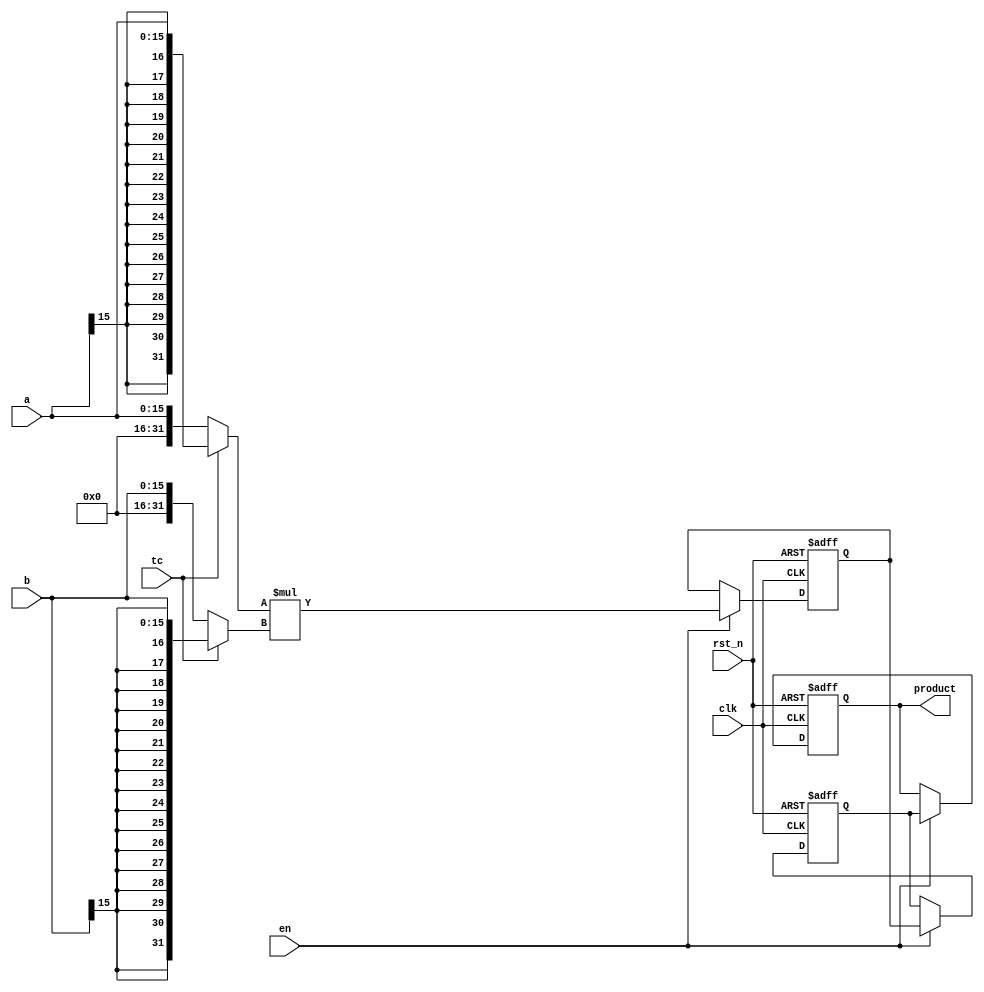

//-------------------------------------------------------------------------------------------------
// Description : DW_mult_pipe is a universal stallable pipelined multiplier. DW_mult_pipe multiplies the
// operands a by b to produce a product with a latency of num_stages-1 clock cycles.
//
//-------------------------------------------------------------------------------------------------
module DW_mult_pipe( 
	clk, 	//Input clock
	rst_n,  //Reset, active-low
	en,     //Load enable
	tc,     //Two's complement control
	a,      //Multiplier
	b,	    //Multiplicand
	product	//Product a X b
	)/* synthesis syn_builtin_du = "weak" */;

parameter a_width = 16;
parameter b_width = 16;
parameter num_stages = 4;
parameter stall_mode = 1;
parameter rst_mode = 1;
parameter	op_iso_mode = 0;

/********* Internal parameter *************/
parameter width = a_width + b_width;
/*****************************************/

//Input/output declaration
input                              clk;	   
input                              rst_n;
input                              en;
input                              tc;
input [a_width - 1 : 0]            a;
input [b_width - 1 : 0]            b;

output [a_width + b_width - 1 : 0] product;

//Signal declration
reg [width-1:0] PRODUCT1 [0:(num_stages - 2)]/* synthesis syn_pipeline=1 */;
reg [width-1:0] PRODUCT2 [0:(num_stages - 2)]/* synthesis syn_pipeline=1 */;
reg [width-1:0] PRODUCT3 [0:(num_stages - 2)]/* synthesis syn_pipeline=1 */;
reg [width-1:0] PRODUCT4 [0:(num_stages - 2)]/* synthesis syn_pipeline=1 */;
reg [width-1:0] PRODUCT5 [0:(num_stages - 2)]/* synthesis syn_pipeline=1 */;
reg [width-1:0] PRODUCT6 [0:(num_stages - 2)]/* synthesis syn_pipeline=1 */;
reg [width - 1 : 0]                 temp_a;
reg [width - 1 : 0]                 temp_b;
reg [a_width + b_width - 1 : 0]     product/* synthesis syn_pipeline=1 */; 
integer	i;


//Sign extending the inputs based on tc
always @( a or b or tc )	
	begin
		temp_a =  tc ? {{width - a_width{a[a_width - 1]}},a} : {{width - a_width{1'b0}},a};
		temp_b =  tc ? {{width - b_width{b[b_width - 1]}},b} : {{width - b_width{1'b0}},b};
	end	


    //Product with a clock latency of num_stages-1, stall_mode = 0, rst_mode = 0
	always @ ( posedge clk ) 
		begin
			PRODUCT1[0] <= temp_a * temp_b;
			for ( i=0; i < num_stages-2; i = i + 1 )
				begin					
						PRODUCT1[i+1] <= PRODUCT1[i]; 
				end
		end	

	//Product with a clock latency of num_stages-1, stall_mode = 0, rst_mode = 1
	always @ ( posedge clk or negedge rst_n ) 
		if ( !rst_n ) 
		    for ( i=0; i < num_stages-1; i = i + 1 )
				PRODUCT2[i] <= 0; 
		else		
		  begin
			PRODUCT2[0] <= temp_a * temp_b;
			for ( i=0; i < num_stages-2; i = i + 1 )
			  PRODUCT2[i+1] <= PRODUCT2[i];
		  end		

	//Product with a clock latency of num_stages-1, stall_mode = 0, rst_mode = 2
	always @ ( posedge clk ) 
		if ( !rst_n ) 
		    for ( i=0; i < num_stages-1; i = i + 1 )
				PRODUCT3[i] <= 0; 
		else		
		  begin
			PRODUCT3[0] <= temp_a * temp_b;
			for ( i=0; i < num_stages-2; i = i + 1 )
			  PRODUCT3[i+1] <= PRODUCT3[i];
		  end		

// reg [width-1:0] prod [0:(num_stages - 2)];    

//	always @ (*)
//	   begin
//	      prod[0] = en ?  temp_a * temp_b : PRODUCT4[0];
//		for ( i=0; i < num_stages-2; i = i + 1 )
//		  prod[i+1] = en ? PRODUCT4[i] : PRODUCT4[i+1];
//	   end
//
//	always @ ( posedge clk ) 
//		  begin
//			   PRODUCT4[0] <= prod[0];
//			   for ( i=0; i < num_stages-2; i = i + 1 )
//			     PRODUCT4[i+1] <= prod[i];
//		  end		
//

    //Product with a clock latency of num_stages-1, stall_mode = 1, rst_mode = 0
	always @ ( posedge clk ) 
	  if (en)
		begin
			PRODUCT4[0] <= temp_a * temp_b;
			for ( i=0; i < num_stages-2; i = i + 1 )
				PRODUCT4[i+1] <= PRODUCT4[i]; 
		end	


    //Product with a clock latency of num_stages-1, stall_mode = 1, rst_mode = 1
	always @ ( posedge clk or negedge rst_n ) 
		if ( !rst_n ) 
		    for ( i=0; i < num_stages-1; i = i + 1 )
				PRODUCT5[i] <= 0; 

		else		
		  begin
		     if ( en ) 
				 begin
			   PRODUCT5[0] <= temp_a * temp_b;
			   for ( i=0; i < num_stages-2; i = i + 1 )
			     PRODUCT5[i+1] <= PRODUCT5[i];
				 end
		  end		


    //Product with a clock latency of num_stages-1, stall_mode = 1, rst_mode = 2
	always @ ( posedge clk ) 
		if ( !rst_n ) 
		    for ( i=0; i < num_stages-1; i = i + 1 )
				PRODUCT6[i] <= 0; 
		else		
		  begin
		    if ( en == 1 )
				begin
			   PRODUCT6[0] <= temp_a * temp_b;
			   for ( i=0; i < num_stages-2; i = i + 1 )
			      PRODUCT6[i+1] <= PRODUCT6[i];
			   end
		  end		


//Updating output
always @(*)
	if ( stall_mode == 0 && rst_mode == 0 )
		product = PRODUCT1[num_stages-2];
	else if ( stall_mode == 0 && rst_mode == 1 ) 	
		product = PRODUCT2[num_stages-2];
	else if ( stall_mode == 0 && rst_mode == 2 ) 
		product = PRODUCT3[num_stages-2];
	else if ( stall_mode == 1 && rst_mode == 0 )
		product = PRODUCT4[num_stages-2];
	else if (stall_mode == 1 && rst_mode == 1 )	
		product = PRODUCT5[num_stages-2];
	else if ( stall_mode == 1 && rst_mode == 2 )
		product = PRODUCT6[num_stages-2];


endmodule